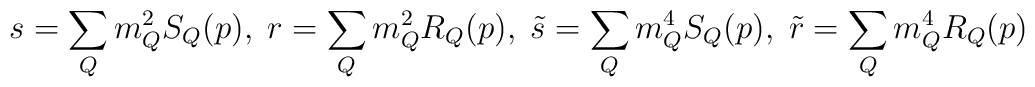
s=\sum_{Q}m_Q^2S_Q(p),\; r=\sum_{Q}m_Q^2R_Q(p),\;\tilde{s}=\sum_{Q}m_Q^4S_Q(p),\; \tilde{r}=\sum_{Q}m_Q^4R_Q(p)